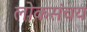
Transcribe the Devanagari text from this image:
लोकसंचय